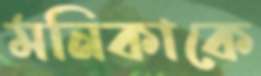
মনিকাকে